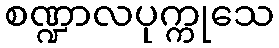
စဏ္ဍာလပုက္ကုသေ